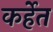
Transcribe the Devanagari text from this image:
कर्हेत